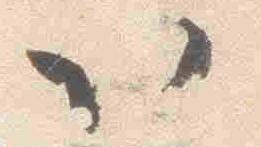
以